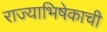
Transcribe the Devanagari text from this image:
राज्याभिषेकाची